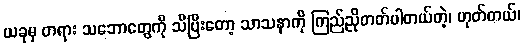
ယခုမှ တရား သဘောတွေကို သိပြီးတော့ သာသနာကို ကြည်ညိုတတ်ပါတယ်တဲ့၊ ဟုတ်တယ်၊